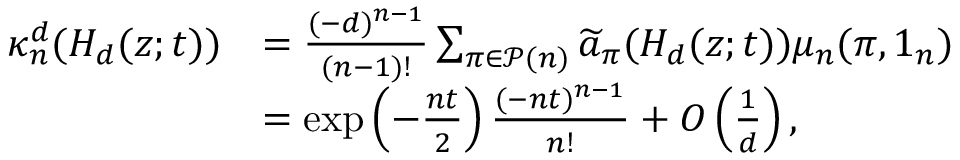
\begin{array} { r l } { \kappa _ { n } ^ { d } ( H _ { d } ( z ; t ) ) } & { = \frac { ( - d ) ^ { n - 1 } } { ( n - 1 ) ! } \sum _ { \pi \in \mathcal { P } ( n ) } \widetilde { a } _ { \pi } ( H _ { d } ( z ; t ) ) \mu _ { n } ( \pi , 1 _ { n } ) } \\ & { = \exp \left( - \frac { n t } { 2 } \right) \frac { ( - n t ) ^ { n - 1 } } { n ! } + O \left( \frac { 1 } { d } \right) , } \end{array}